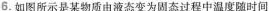
6.如图所示是某物质由液态变为固态过程中温度随时间